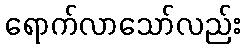
ရောက်လာသော်လည်း